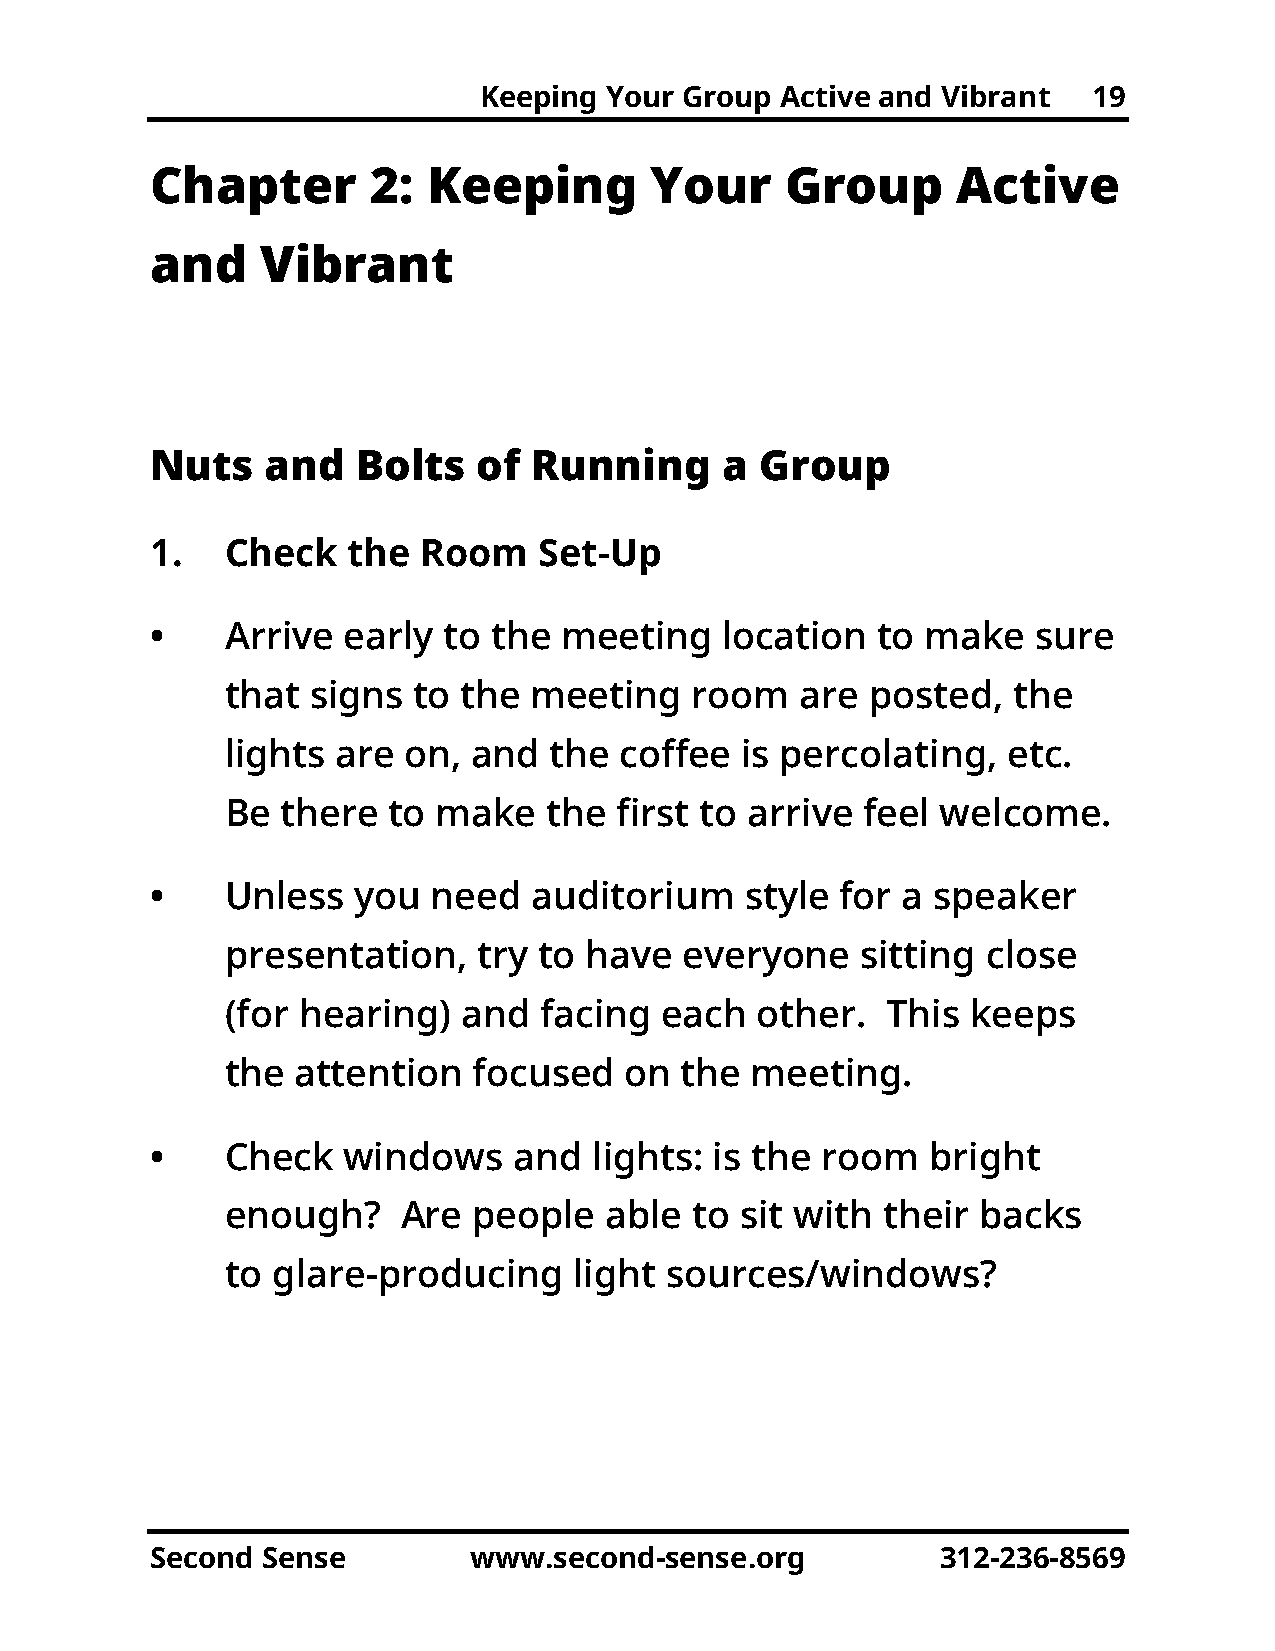
Keeping Your Group  Active and Vibrant  19
 Chapter       2:  Keeping        Your     Group      Active
 and    Vibrant
 Nuts    and   Bolts   of Running      a Group
 1.   Check   the  Room    Set-Up
 •    Arrive  early to  the meeting    location  to make    sure
 that  signs to  the meeting    room   are  posted,  the
 lights are  on, and  the  coffee  is percolating,   etc.
 Be  there  to make   the  first to arrive feel welcome.
 •    Unless  you   need  auditorium    style  for a speaker
 presentation,    try to have  everyone    sitting close
 (for hearing)   and  facing  each  other.   This keeps
 the  attention  focused   on  the  meeting.
 •    Check   windows    and  lights: is the room    bright
 enough?     Are people   able  to sit with their  backs
 to glare-producing     light sources/windows?
 Second Sense         www.second-sense.org           312-236-8569